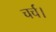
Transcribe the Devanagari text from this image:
चर्च।